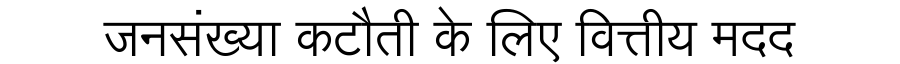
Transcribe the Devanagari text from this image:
जनसंख्या कटौती के लिए वित्तीय मदद